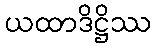
ယထာဒိဋ္ဌိဿ